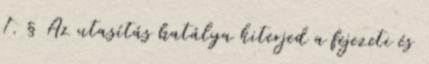
1. § Az utasítás hatálya kiterjed a fejezeti és